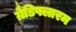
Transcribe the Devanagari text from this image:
ग्रैंडिफ्लारम